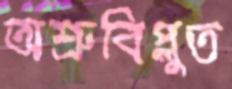
অশ্রুবিপ্লুত